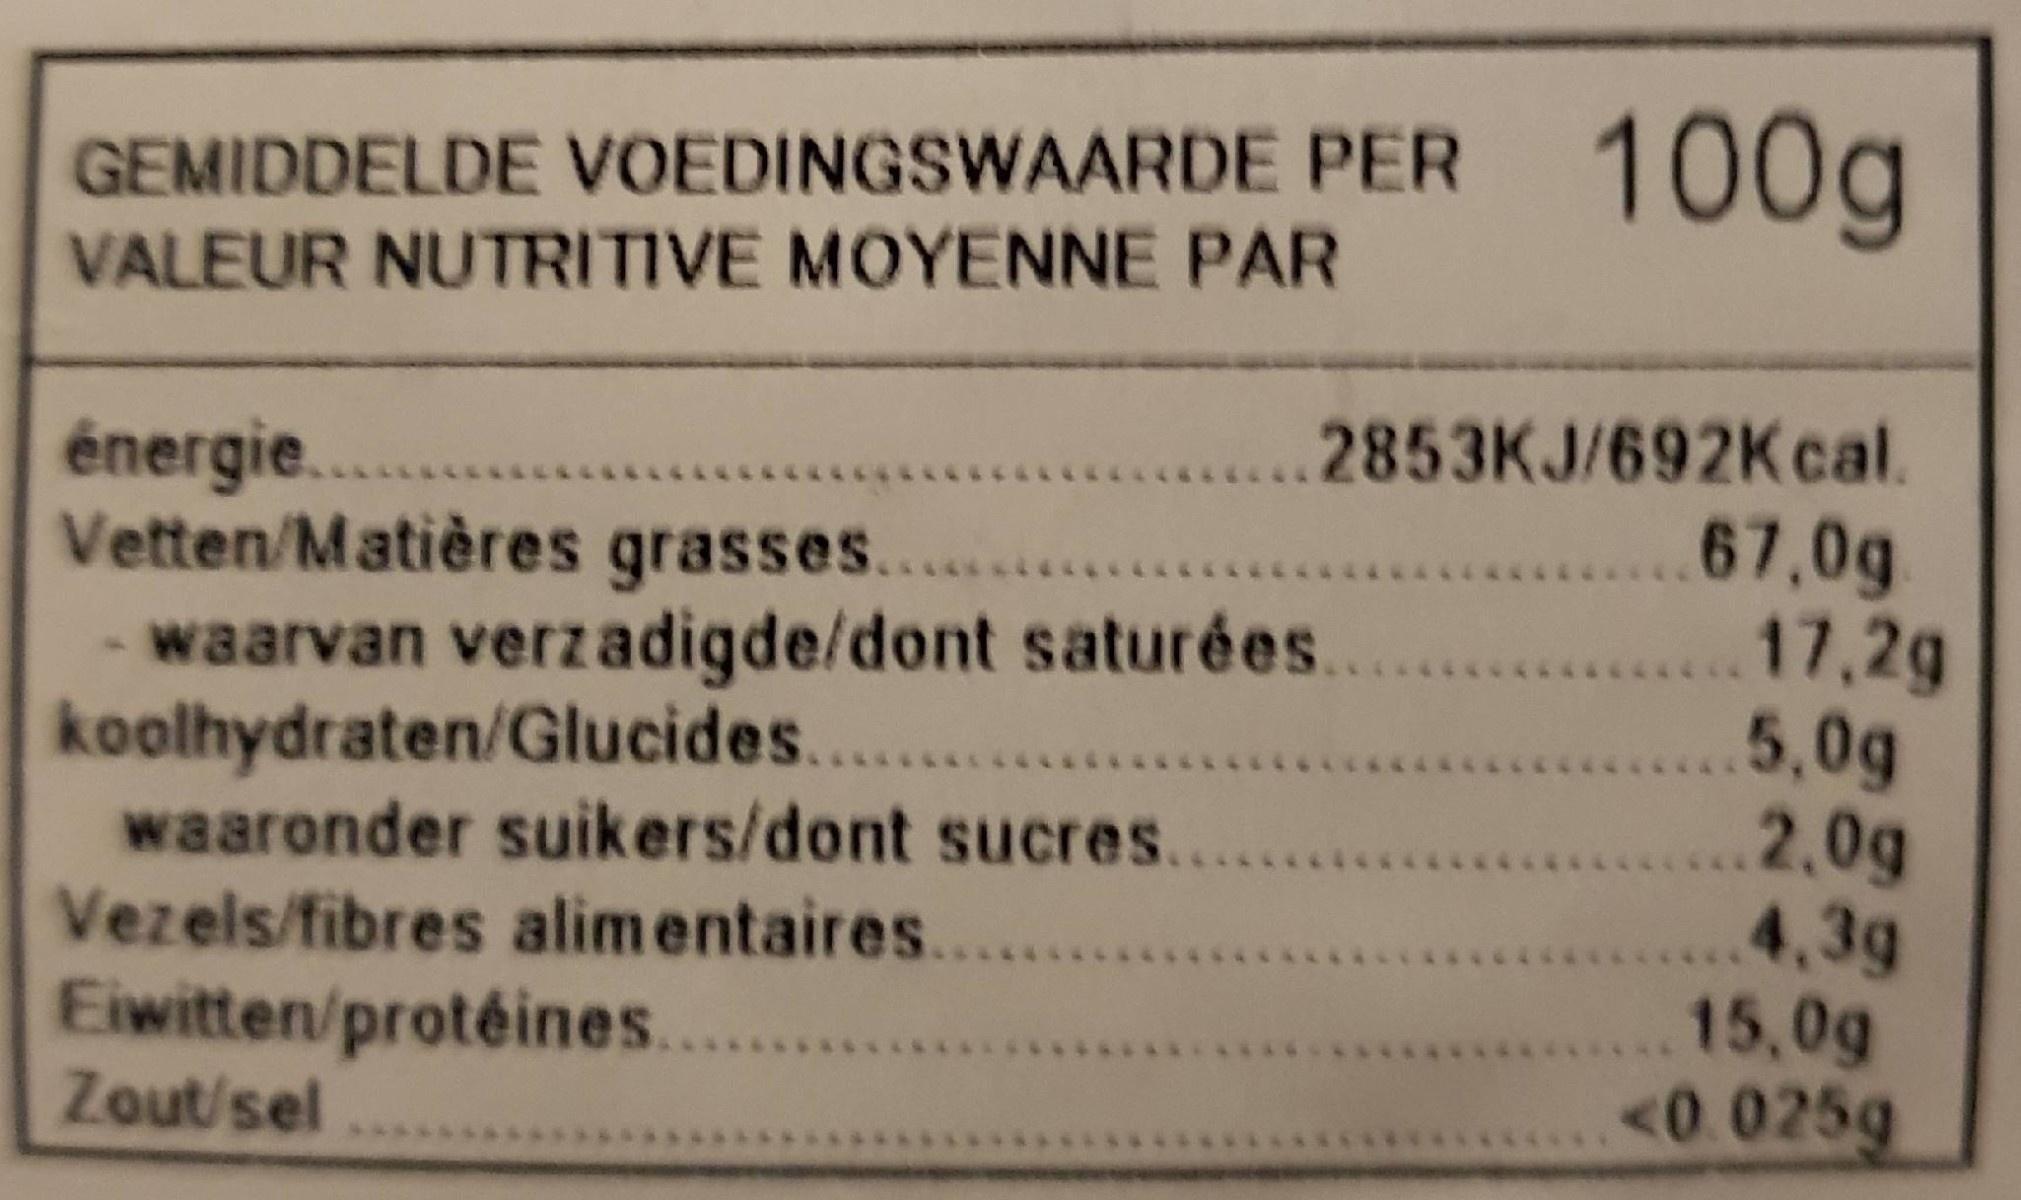
GEMIDDELDE VOEDINGSWAARDE PER
100g
VALEUR NUTRITIVE MOYENNE PAR
énergie.. Vetten/Matières grasses.. waarvan verzadigde/dont saturées. koolhydraten/Glucides.... waaronder suikers/dont sucres....
...2853KJ/692Kcal. 67,0g 17,2g ...5,0g 2,0g 4,3g 15,0g <0.025g
Vezels/fibres alimentaires.
Eiwitten/protéines....
Zout/sel